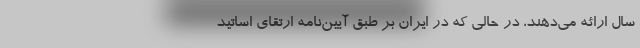
سال ارائه می‌دهند، در حالی که در ایران بر طبق آیین‌نامه ارتقای اساتید